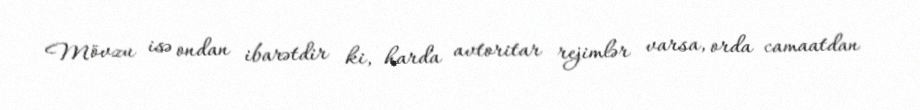
Mövzu isə ondan ibarətdir ki, harda avtoritar rejimlər varsa, orda camaatdan